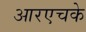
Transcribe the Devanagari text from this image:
आरएचके